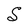
Character: S